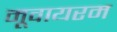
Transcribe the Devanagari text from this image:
मूवायरम